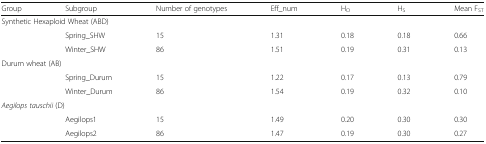
<table><thead><tr><td><b>Group</b></td><td><b>Subgroup</b></td><td><b>Number of genotypes</b></td><td><b>Eff_num</b></td><td><b>H<sub>O</sub></b></td><td><b>H<sub>S</sub></b></td><td><b>Mean F<sub>ST</sub></b></td></tr></thead><tbody><tr><td colspan="7">Synthetic Hexaploid Wheat (ABD)</td></tr><tr><td rowspan="2"></td><td>Spring_SHW</td><td>15</td><td>1.31</td><td>0.18</td><td>0.18</td><td>0.66</td></tr><tr><td>Winter_SHW</td><td>86</td><td>1.51</td><td>0.19</td><td>0.31</td><td>0.13</td></tr><tr><td colspan="7">Durum wheat (AB)</td></tr><tr><td rowspan="2"></td><td>Spring_Durum</td><td>15</td><td>1.22</td><td>0.17</td><td>0.13</td><td>0.79</td></tr><tr><td>Winter_Durum</td><td>86</td><td>1.54</td><td>0.19</td><td>0.32</td><td>0.10</td></tr><tr><td colspan="7"><i>Aegilops tauschii</i> (D)</td></tr><tr><td rowspan="2"></td><td>Aegilops1</td><td>15</td><td>1.49</td><td>0.20</td><td>0.30</td><td>0.30</td></tr><tr><td>Aegilops2</td><td>86</td><td>1.47</td><td>0.19</td><td>0.30</td><td>0.27</td></tr></tbody></table>